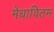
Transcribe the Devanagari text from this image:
मेधावितम